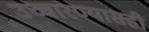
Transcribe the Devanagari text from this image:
उच्चारण्यासही